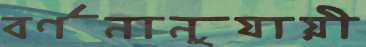
বর্ণনানুযায়ী